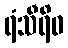
ရံသီရိဝ